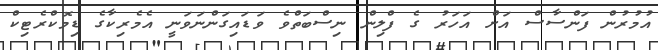
އުމުރުން ފަންސާސް އަށް އަހަރު ގެ ފްލިން ނިސްބަތްވެ ވަޑައިގަންނަވަނީ އެމެރިކާގެ ޑިމޮކްރެޓިކް